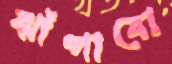
ঝাঁপাবো